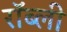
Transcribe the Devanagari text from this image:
रॉब्ली